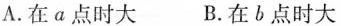
A.在a点时大 B.在b点时大